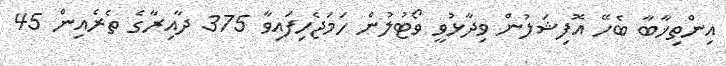
އިންތިޚާބާ ބެހޭ އޮފިޝަލުން ވިދާޅުވީ ވޯޓުލުން ހަމަޖެހިފައިވާ 375 ދާއިރާގެ ތެރެއިން 45